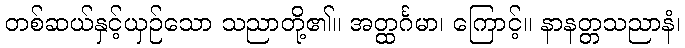
တစ်ဆယ်နှင့်ယှဉ်သော သညာတို့၏။ အတ္ထင်္ဂမာ၊ ကြောင့်။ နာနတ္တသညာနံ၊